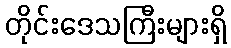
တိုင်းဒေသကြီးများရှိ